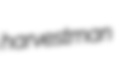
harvestman